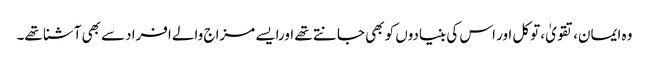
وہ ایمان،تقویٰ، توکل اور اس کی بنیادوں کو بھی جانتے تھے اورایسے مزاج والے افرادسے بھی آشنا تھے۔